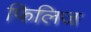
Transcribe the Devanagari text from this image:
फिलिज